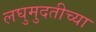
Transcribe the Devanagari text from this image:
लघुमुदतीच्‍या